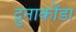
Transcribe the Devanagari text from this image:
दुनाकोंडा